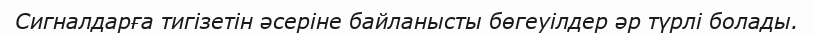
Сигналдарға тигізетін әсеріне байланысты бөгеуілдер әр түрлі болады.